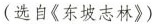
(选自《东坡志林》)